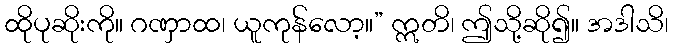
ထိုပုဆိုးကို။ ဂဏှာထ၊ ယူကုန်လော့။” ဣတိ၊ ဤသို့ဆို၍။ အဒါသိ၊